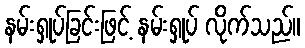
နမ်းရှုပ်ခြင်းဖြင့် နမ်းရှုပ် လိုက်သည်။